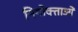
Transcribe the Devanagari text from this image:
नियोक्‍ताओं